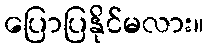
ပြောပြနိုင်မလား။